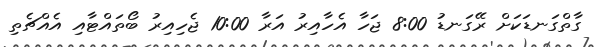
ގާތްގަނޑަކަށް ރޭގަނޑު 8:00 ޖަހާ އެހާއިރު އަރާ 10:00 ޖެހިއިރު ބޯތައްޓާއި އެއްޗެތި